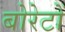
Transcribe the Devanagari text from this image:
बोरेटों